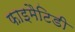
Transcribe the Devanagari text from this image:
फाइमैटिडी